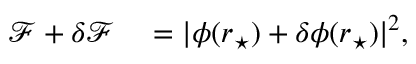
\begin{array} { r l } { \mathcal { F } + \delta \mathcal { F } } & { { } = | \phi ( \boldsymbol { r } _ { \star } ) + \delta \phi ( \boldsymbol { r } _ { \star } ) | ^ { 2 } , } \end{array}